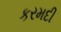
કરમદી